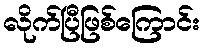
လိုက်ပြီဖြစ်ကြောင်း